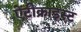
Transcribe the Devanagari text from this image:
ऐंटीक्राइस्ट